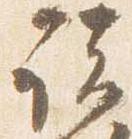
諸